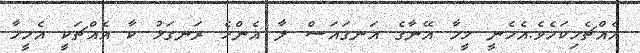
އެއްޗެހިކަމެވެ.އެހެނީ މީހާ އޭނާގެ އަނގައަސް ލާ އެންމެ ރަނގަޅު ކާ އެއްޗަކީ އެމީހާ